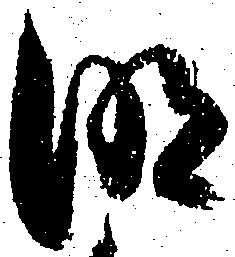
明